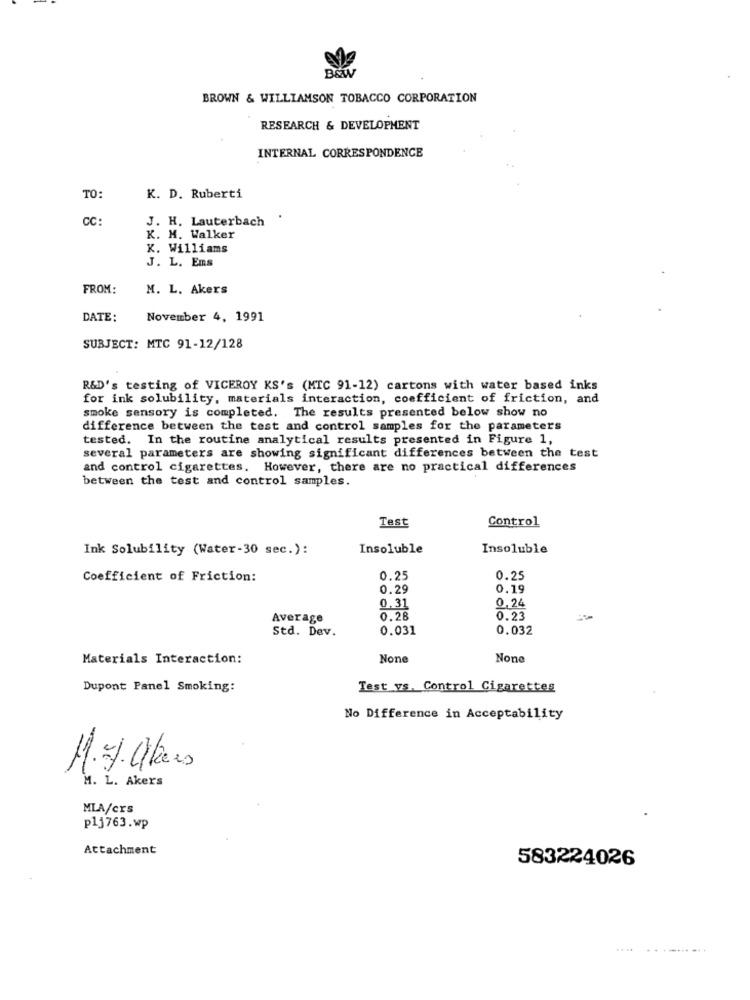
BRW
BROWN & WILLIAMSON TOBACCO CORPORATION
RESEARCH & DEVELOPMENT
INTERNAL CORRESPONDENCE
TO:
K. D. Ruberti
CC:
J. H. Lauterbach
K. M. Walker
K. Williams
J. L. Ens
FROM:
M. L. Akers
DATE:
November 4, 1991
SUBJECT: MTC 91-12/128
R&D's testing of VICEROY KS'S (MTC 91-12) cartons with water based inks
for ink solubility, materials interaction, coefficient of friction, and
smoke sensory is completed. The results presented below show no
difference between the test and control samples for the parameters
tested. In the routine analytical results presented in Figure 1,
several parameters are showing significant differences between the test
and control cigarettes. However, there are no practical differences
between the test and control samples.
Control
Test
Ink Solubility (Water-30 sec.):
Insoluble
Insoluble
Coefficient of Friction:
0.25
0.25
0.29
0.19
0.31
0,24
Average
0.28
0.23
Std. Dev.
0.031
0.032
Materials Interaction:
Dupont Panel Smoking:
Test vs. Control Cigarettes
No Difference in Acceptability
M. L. Akers
MLA/ers
plj763.wp
Attachment
583224026
.. ..
.. ..... ...